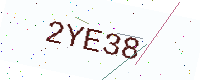
Text: 2YE38